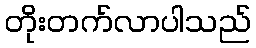
တိုးတက်လာပါသည်